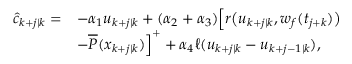
\begin{array} { r l } { \hat { c } _ { k + j | k } = } & { - \alpha _ { 1 } u _ { k + j | k } + ( \alpha _ { 2 } + \alpha _ { 3 } ) \Big [ r \big ( u _ { k + j | k } , w _ { f } ( t _ { j + k } ) \big ) } \\ & { - \overline { { P } } ( x _ { k + j | k } ) \Big ] ^ { + } + \alpha _ { 4 } \ell ( u _ { k + j | k } - u _ { k + j - 1 | k } ) , } \end{array}